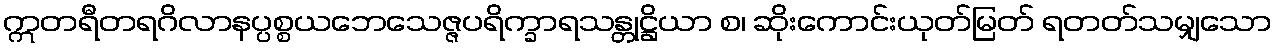
ဣတရီတရဂိလာနပ္ပစ္စယဘေသေဇ္ဇပရိက္ခာရသန္တုဋ္ဌိယာ စ၊ ဆိုးကောင်းယုတ်မြတ် ရတတ်သမျှသော